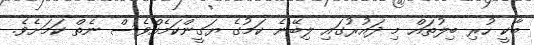
ބާކީ ހުރި ބިލުތައް މި ދައުރުގައި ލިބޭނެ ކަމުގެ ޔަގީންކަމެއްވެސް ނެތް ކަަމަށެވެ.